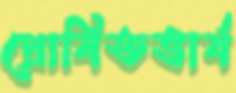
প্রোষিতভার্য